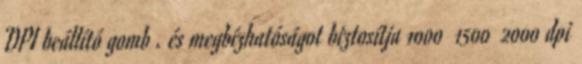
DPI beállító gomb . és megbízhatóságot biztosítja 1000 1500 2000 dpi